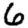
Digit: 6